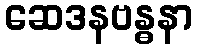
ဆေဒနဗန္ဓနာ